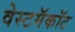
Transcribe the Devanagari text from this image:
वेस्टमॅकॉट